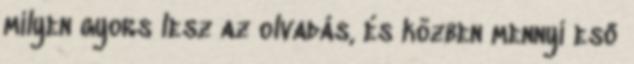
milyen gyors lesz az olvadás, és közben mennyi eső